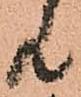
共